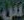
س